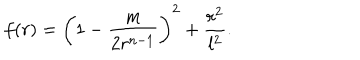
LaTeX: f ( r ) = \left( 1 - \frac { m } { 2 r ^ { n - 1 } } \right) ^ { 2 } + \frac { r ^ { 2 } } { l ^ { 2 } } .